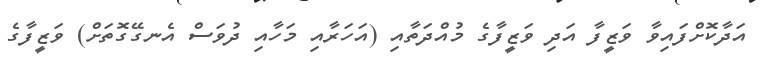
އަދާކޮށްފައިވާ ވަޒީފާ އަދި ވަޒީފާގެ މުއްދަތާއި (އަހަރާއި މަހާއި ދުވަސް އެނގޭގޮތަށް) ވަޒީފާގެ